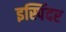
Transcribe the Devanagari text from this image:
इस्पिंदर